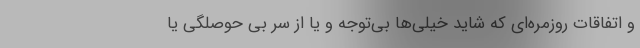
و اتفاقات روزمره‌ای که شاید خیلی‌ها بی‌توجه و یا از سر بی حوصلگی یا